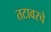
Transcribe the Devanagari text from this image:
तटावरचे